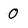
Character: O